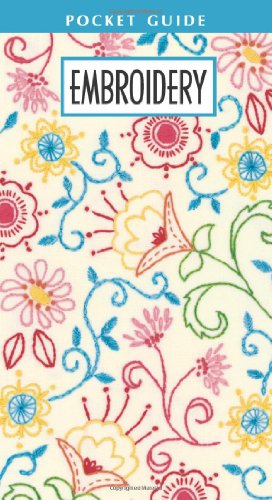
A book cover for Embroidery Pocket Guide  (Leisure Arts #56019); Leisure Arts; Crafts, Hobbies & Home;